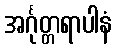
အင်္ဂုတ္တရာပါနံ